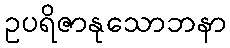
ဥပရိဇာနုသောဘနာ